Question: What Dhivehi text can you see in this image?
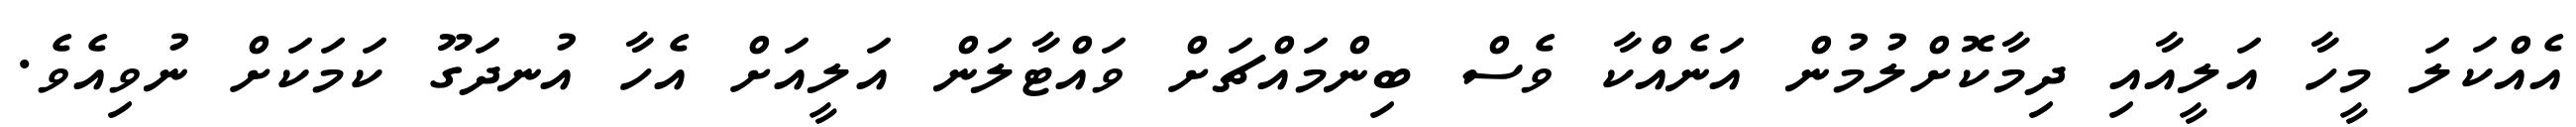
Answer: އެއްކަލަ މީހާ އަލީއާއި ދިމާކޮށްލުމުން އަނެއްކާ ވެސް ބިންމައްޗަށް ވައްޓާލަން އަލީއަށް އެހާ އުނދަގޫ ކަމަކަށް ނުވިއެވެ.